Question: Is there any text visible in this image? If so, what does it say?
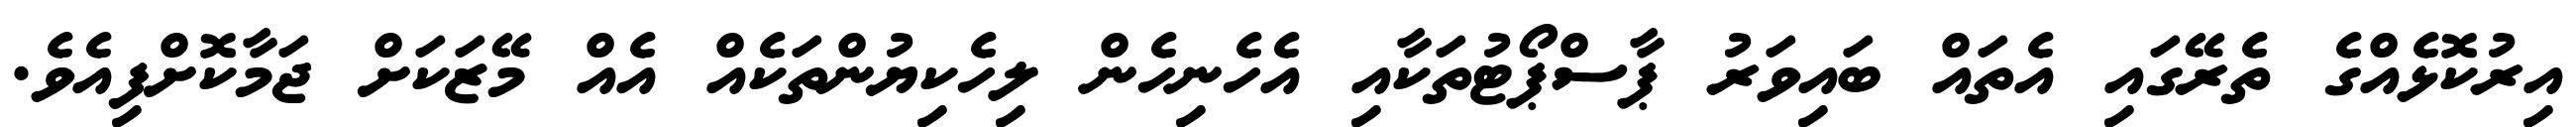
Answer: އިރުކޮޅެއްގެ ތެރޭގައި އެތައް ބައިވަރު ޕާސްޕޯޓުތަކާއި އެހެނިހެން ލިހެކިޔުންތަކެއް އެއް މޭޒަކަށް ޖަމާކޮށްފިއެވެ.